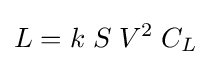
L=k\;S\;V^{2}\;C_{L}